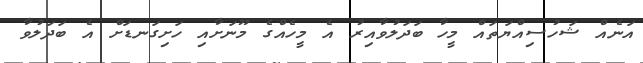
އަނެއް ޝަހުސިއްޔަތައް މީހާ ބަދަލުވާއިރު އެ މީހެއްގެ މޫނަށާއި ހަށިގަނޑަށް އެ ބަދަލުވާ